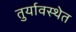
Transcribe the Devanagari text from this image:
तुर्यावस्थेत